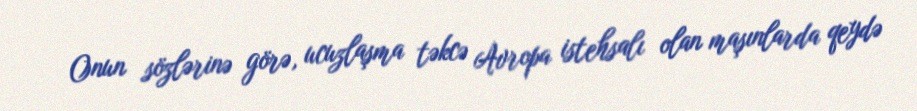
Onun sözlərinə görə, ucuzlaşma təkcə Avropa istehsalı olan maşınlarda qeydə